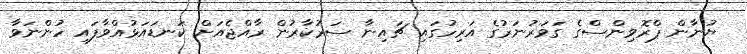
ޔުނާން ޕްރޮވިންސްގެ ގަވަރުނަރުގެ އަރިހުގައި ޗައިނާ ސަރުކާރުން ރާއްޖެއަށް ކަނޑައަޅުއްވާފައި ހުންނަވާ